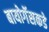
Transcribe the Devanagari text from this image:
बायोगॅसकडे